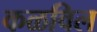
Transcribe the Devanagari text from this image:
कळविल